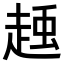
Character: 𧻽